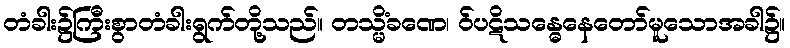
တံခါး၌ကြီးစွာတံခါးရွက်တို့သည်။ တသ္မိံခဏေ၊ ဝ်ပဋိသန္ဓေနေတော်မူသောအခါ၌။